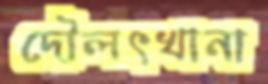
দৌলৎখানা